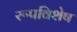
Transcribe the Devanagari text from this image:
रूपविशेष